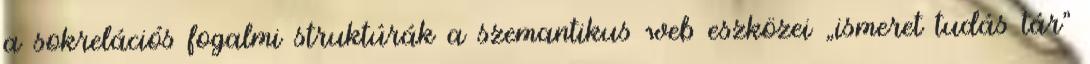
a sokrelációs fogalmi struktúrák a szemantikus web eszközei „ismeret tudás tár”